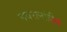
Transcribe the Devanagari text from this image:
नवरत्नांतील